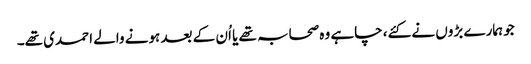
جو ہمارے بڑوں نے کئے، چاہے وہ صحابہ تھے یا اُن کے بعد ہونے والے احمدی تھے۔